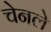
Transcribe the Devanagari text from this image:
चेनले